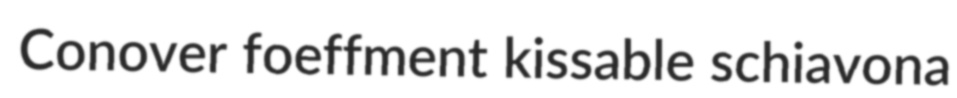
Conover foeffment kissable schiavona